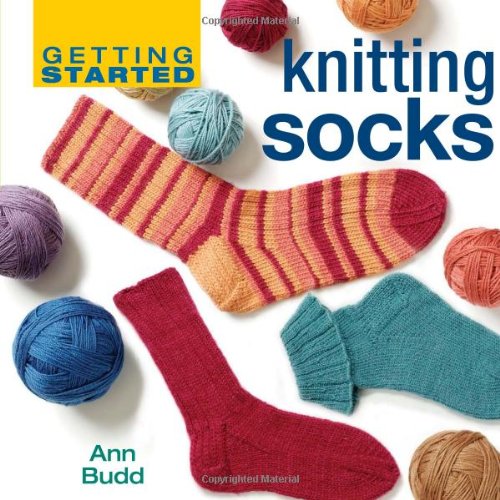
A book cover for Getting Started Knitting Socks (Getting Started series); Ann Budd; Crafts, Hobbies & Home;